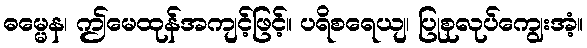
ဓမ္မေန၊ ဤမေထုန်အကျင့်ဖြင့်။ ပရိစရေယျ၊ ပြုစုလုပ်ကျွေးအံ့။